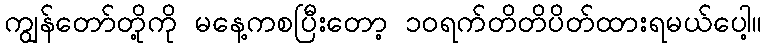
ကျွန်တော်တို့ကို မနေ့ကစပြီးတော့ ၁၀ရက်တိတိပိတ်ထားရမယ်ပေါ့။